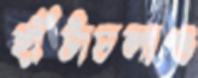
হাঁটাচলাও